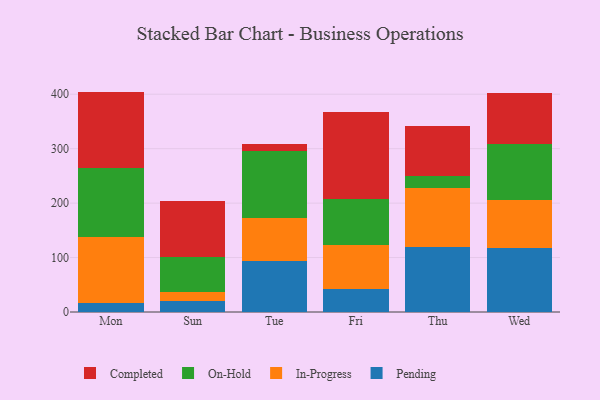
{"axis": {"x": "Day", "y": "Backlog"}, "legend": ["Completed", "In-Progress", "On-Hold", "Pending"], "data": [{"x": "Mon", "y": 15.7, "type": "Pending"}, {"x": "Mon", "y": 122.2, "type": "In-Progress"}, {"x": "Mon", "y": 126.5, "type": "On-Hold"}, {"x": "Mon", "y": 140.4, "type": "Completed"}, {"x": "Sun", "y": 20.7, "type": "Pending"}, {"x": "Sun", "y": 16.5, "type": "In-Progress"}, {"x": "Sun", "y": 64.0, "type": "On-Hold"}, {"x": "Sun", "y": 102.0, "type": "Completed"}, {"x": "Tue", "y": 94.2, "type": "Pending"}, {"x": "Tue", "y": 77.8, "type": "In-Progress"}, {"x": "Tue", "y": 124.3, "type": "On-Hold"}, {"x": "Tue", "y": 12.0, "type": "Completed"}, {"x": "Fri", "y": 43.0, "type": "Pending"}, {"x": "Fri", "y": 80.8, "type": "In-Progress"}, {"x": "Fri", "y": 83.4, "type": "On-Hold"}, {"x": "Fri", "y": 160.7, "type": "Completed"}, {"x": "Thu", "y": 119.8, "type": "Pending"}, {"x": "Thu", "y": 108.0, "type": "In-Progress"}, {"x": "Thu", "y": 21.7, "type": "On-Hold"}, {"x": "Thu", "y": 92.9, "type": "Completed"}, {"x": "Wed", "y": 117.9, "type": "Pending"}, {"x": "Wed", "y": 88.5, "type": "In-Progress"}, {"x": "Wed", "y": 101.3, "type": "On-Hold"}, {"x": "Wed", "y": 94.7, "type": "Completed"}]}